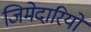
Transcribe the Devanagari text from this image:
जिमेदारियों